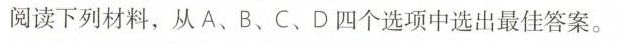
阅读下列材料,从A、B、C、D四个选项中选出最佳答案。